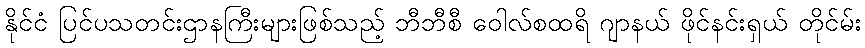
နိုင်ငံ ပြင်ပသတင်းဌာနကြီးများဖြစ်သည့် ဘီဘီစီ ဝေါလ်စထရိ ဂျာနယ် ဖိုင်နင်းရှယ် တိုင်မ်း